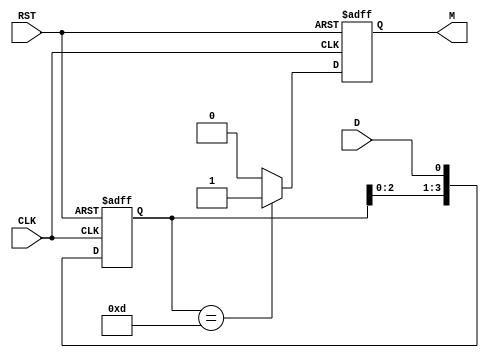
module pattern_detector (
    input wire D,         // Data input
    input wire CLK,       // Clock input
    input wire RST,       // Asynchronous reset
    output reg M          // Match output
);

    // Define the pattern to detect (4-bit pattern: 1101)
    parameter PATTERN = 4'b1101;
    parameter PATTERN_LENGTH = 4;

    // State registers (flip-flops)
    reg [PATTERN_LENGTH-1:0] state;

    // Asynchronous reset and state update on clock edge
    always @(posedge CLK or posedge RST) begin
        if (RST) begin
            state <= 0; // Reset state
            M <= 0;     // Reset match output
        end else begin
            // Shift the state and add the new data bit
            state <= {state[PATTERN_LENGTH-2:0], D};

            // Check for pattern match
            if (state == PATTERN) begin
                M <= 1; // Pattern matched
            end else begin
                M <= 0; // No match
            end
        end
    end

endmodule